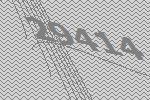
29414